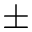
\pm